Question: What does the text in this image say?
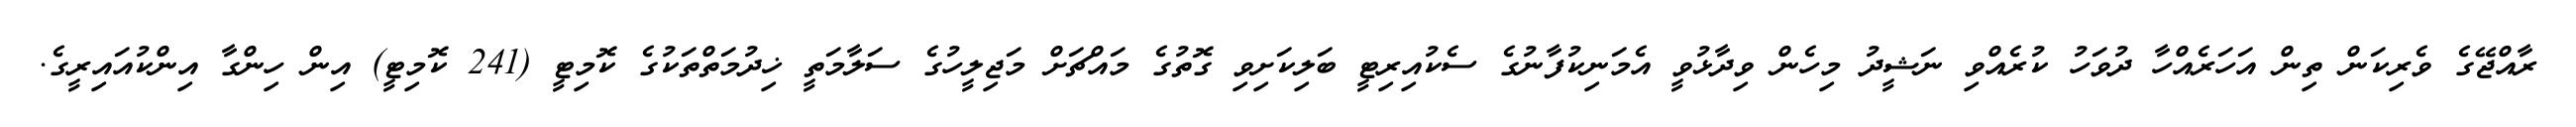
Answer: ރާއްޖޭގެ ވެރިކަން ތިން އަހަރެއްހާ ދުވަހު ކުރެއްވި ނަޝީދު މިހެން ވިދާޅުވީ އެމަނިކުފާނުގެ ސެކުއިރިޓީ ބަލިކަށިވި ގޮތުގެ މައްޗަށް މަޖިލީހުގެ ސަލާމަތީ ޚިދުމަތްތަކުގެ ކޮމިޓީ (241 ކޮމިޓީ) އިން ހިންގާ އިންކުއައިރީގެ.